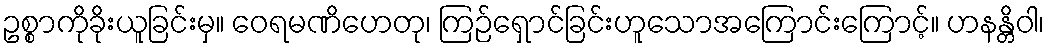
ဥစ္စာကိုခိုးယူခြင်းမှ။ ဝေရမဏိဟေတု၊ ကြဉ်ရှောင်ခြင်းဟူသောအကြောင်းကြောင့်။ ဟနန္တိဝါ၊